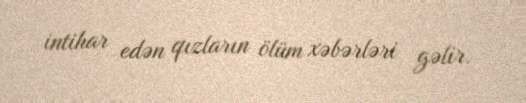
intihar edən qızların ölüm xəbərləri gəlir.